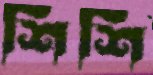
শিশি